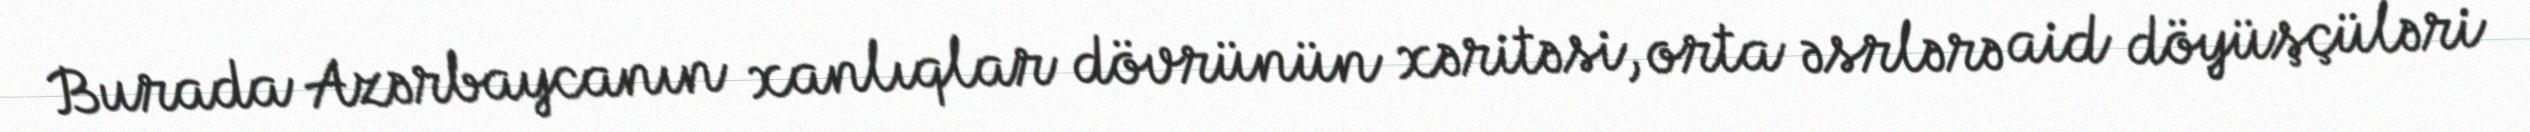
Burada Azərbaycanın xanlıqlar dövrünün xəritəsi, orta əsrlərə aid döyüşçüləri